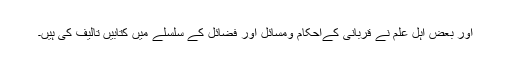
اور بعض اہل علم نے قربانی کےاحکام ومسائل اور فضائل کے سلسلے میں کتابیں تالیف کی ہیں۔